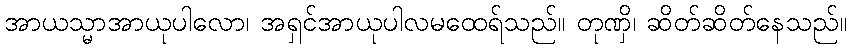
အာယသ္မာအာယုပါလော၊ အရှင်အာယုပါလမထေရ်သည်။ တုဏှိ၊ ဆိတ်ဆိတ်နေသည်။